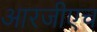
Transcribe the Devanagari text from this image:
आरजीएच